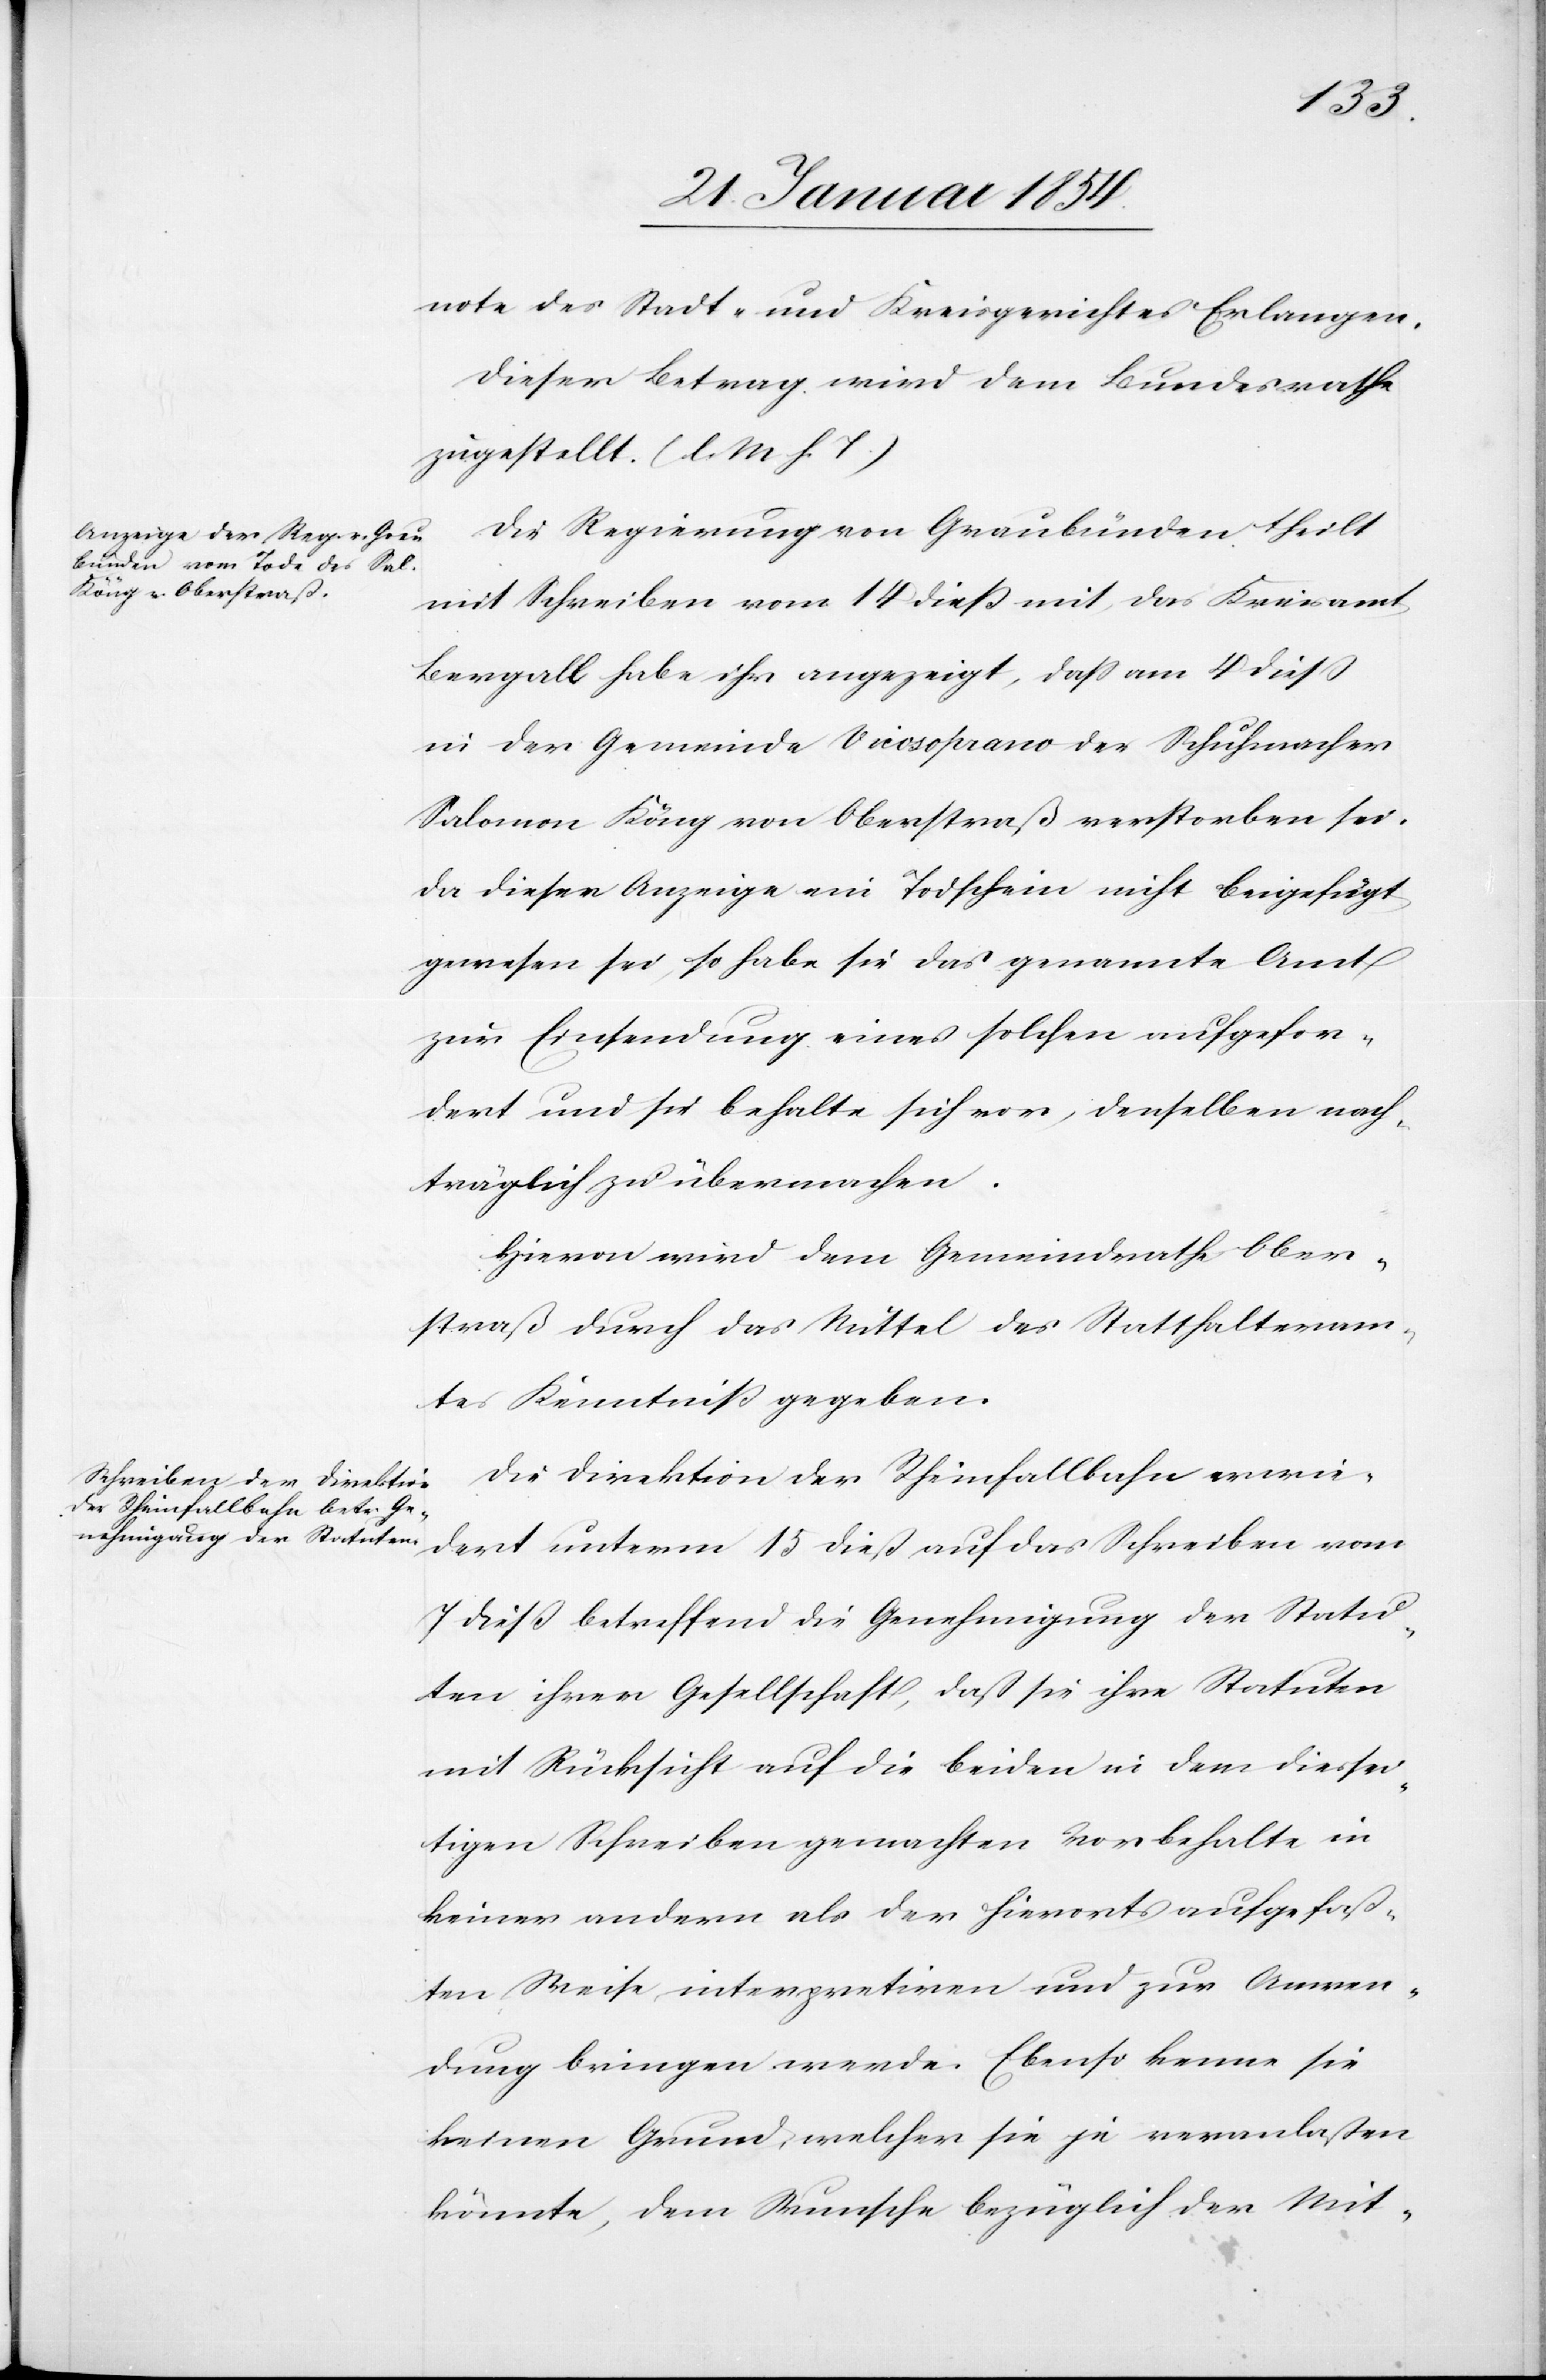
note des Stadt- und Kreisgerichtes Erlangen.
Dieser Betrag wird dem Bundesrathe
zugestellt. (l. M. h. T.)
Die Regierung von Graubünden theilt
mit Schreiben vom 14 dieß mit, das Kreisamt
Bergell habe ihr angezeigt, daß am 4 dieß
in der Gemeinde Vicosoprano der Schuhmacher
Salomon Köng von Oberstraß verstorben sei.
Da dieser Anzeige ein Todschein nicht beigefügt
gewesen sei, so habe sie das genannte Amt
zur Einsendung eines solchen aufgefor¬
dert und sie behalte sich vor, denselben nach¬
träglich zu übermachen.
Hievon wird dem Gemeindrath Ober¬
straß durch das Mittel des Statthalteram¬
tes Kenntniß gegeben.
Die Direktion der Rheinfallbahn erwie¬
dert unterm 15 dieß auf das Schreiben vom
7 dieß betreffend die Genehmigung der Statu¬
ten ihrer Gesellschaft, daß sie ihre Statuten
mit Rücksicht auf die beiden in dem diessei¬
tigen Schreiben gemachten Vorbehalte in
keiner andern als der hierorts aufgefaß¬
ten Weise interpretiren und zur Anwen¬
dung bringen werde. Ebenso kenne sie
keinen Grund, welchen sie je veranlaßen
könnte, dem Wunsche bezüglich der Mit-